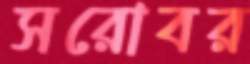
সরোবর